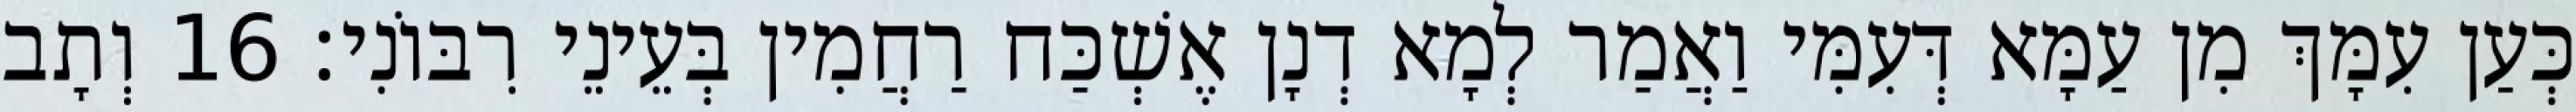
כְּעַן עִמָּךְ מִן עַמָּא דְּעִמִּי וַאֲמַר לְמָא דְנָן אֶשְׁכַּח רַחֲמִין בְּעֵינֵי רִבּוֹנִי׃ 16 וְתָב